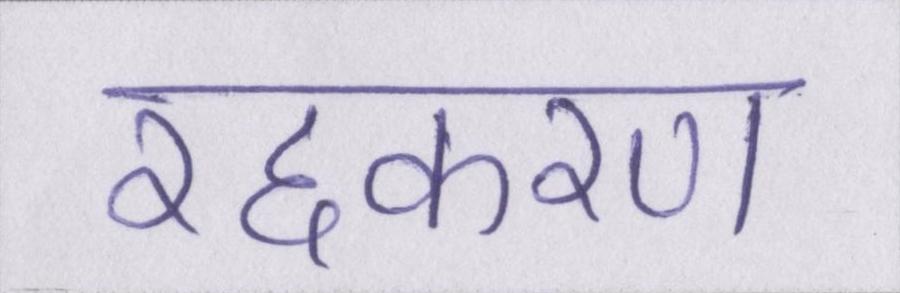
रद्दकरण